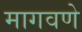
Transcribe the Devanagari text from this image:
मागवणे